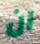
ان